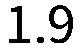
1.9